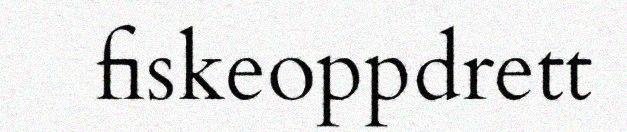
fiskeoppdrett